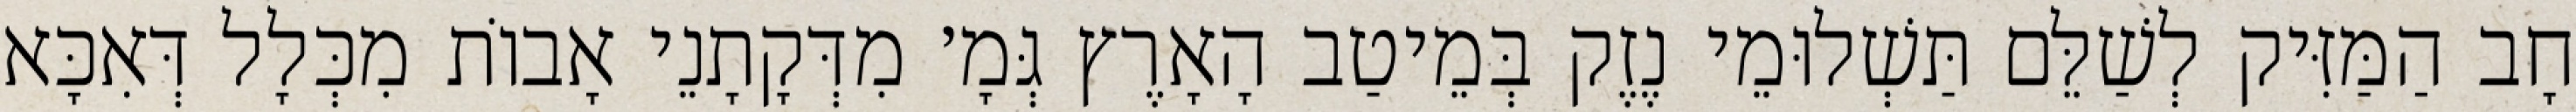
חָב הַמַּזִּיק לְשַׁלֵּם תַּשְׁלוּמֵי נֶזֶק בְּמֵיטַב הָאָרֶץ גְּמָ׳ מִדְּקָתָנֵי אָבוֹת מִכְּלָל דְּאִכָּא